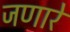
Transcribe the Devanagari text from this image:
जणारे